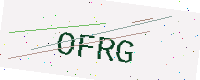
Text: OFRG